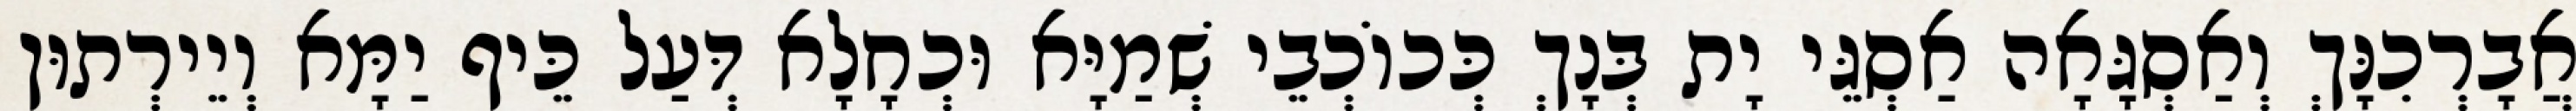
אֲבָרְכִנָּךְ וְאַסְגָּאָה אַסְגֵּי יָת בְּנָךְ כְּכוֹכְבֵי שְׁמַיָּא וּכְחָלָא דְּעַל כֵּיף יַמָּא וְיֵירְתוּן